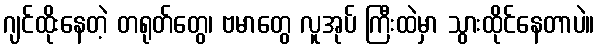
ဂျင်ထိုးနေတဲ့ တရုတ်တွေ၊ ဗမာတွေ လူအုပ် ကြီးထဲမှာ သွားထိုင်နေတာပဲ။